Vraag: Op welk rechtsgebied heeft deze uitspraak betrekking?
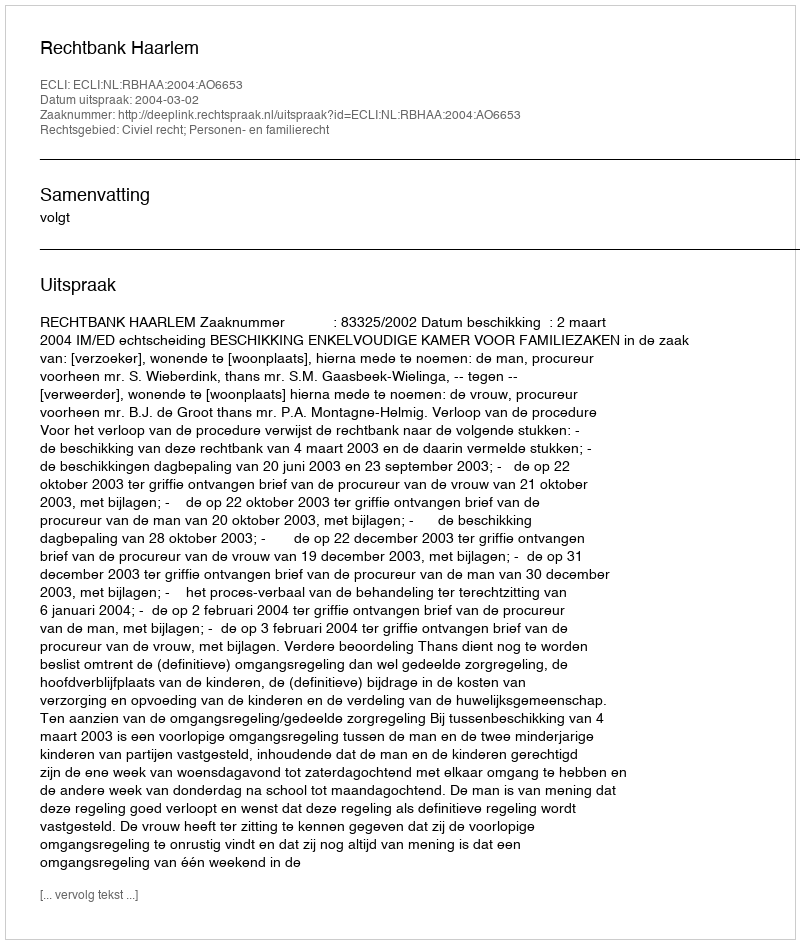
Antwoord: Civiel recht; Personen- en familierecht